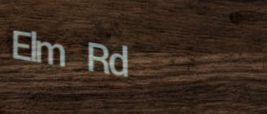
Elm Rd